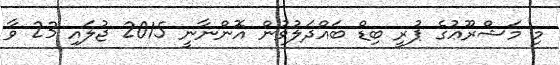
މި މަޝްރޫޢުގެ ޕުރީ ބިޑް ބައްދަލުވުން އޮންނާނީ 2015 ޖުލައި 23 ވާ